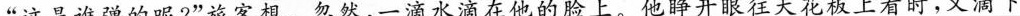
“这是谁弹的呢?”旅客想。忽然，一滴水滴在他的脸上。他睁开眼往天花板上看时，又滴下